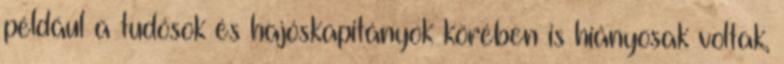
például a tudósok és hajóskapitányok körében is hiányosak voltak,